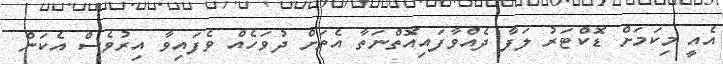
އެއީ މިކަމަށް ޑޮކްޓަރު ލަފާ ދެއްވާފައިއޮތްނަތާ އެތަށް ދުވަހެއް ވެފައިވާ އިރުވެސް އެކަން